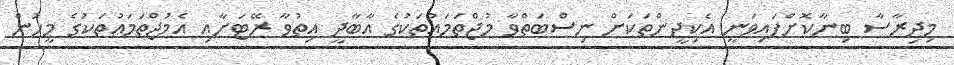
މިދިރާސާ ބިނާކޮށްފައިވަނީ އެކިދީންތަކަށް ނިސްބަތްވާ މުޖްތަމައުތަކުގެ އާބާދީ އިތުވާ ރޭޓަށާއި އެމުޖްތަމައުތަކުގެ މީހުން